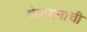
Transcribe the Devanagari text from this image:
वेबपानांची